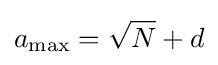
a_{\mathrm {max} }={\sqrt {N}}+d